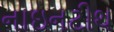
નાઇનટીથ